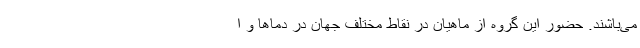
می‌باشند. حضور این گروه از ماهیان در نقاط مختلف جهان در دماها و ا